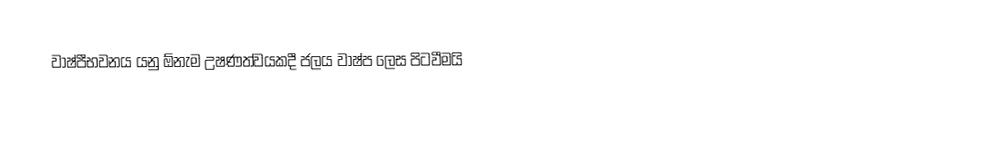
වාෂ්පීභවනය යනු ඕනැම උෂණත්වයකදී ජලය වාෂ්ප ලෙස පිටවීමයි